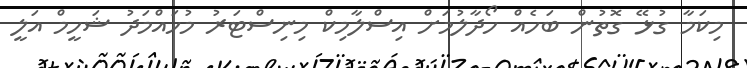
މިކަމާ ގުޅޭ ގޮތުން ބަހެއް ހޯދާލުމަށް އިސްލާމިކް މިނިސްޓަރު މުހައްމަދު ޝަހީމް އަލީ